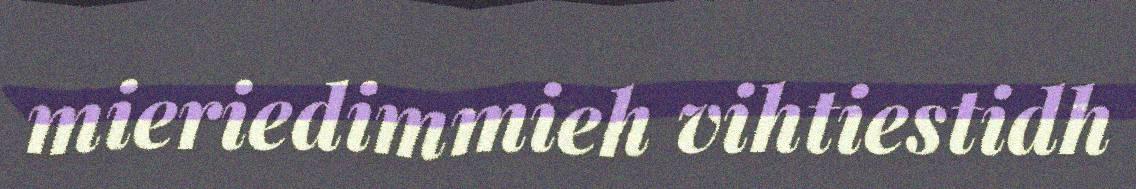
mieriedimmieh vihtiestidh